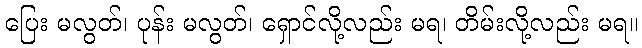
ပြေး မလွတ်၊ ပုန်း မလွတ်၊ ရှောင်လို့လည်း မရ၊ တိမ်းလို့လည်း မရ။